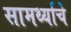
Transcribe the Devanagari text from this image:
सामर्थ्याचे